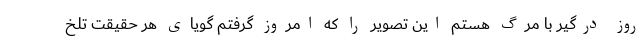
روز درگیر با مرگ هستم این تصویر را که امروز گرفتم گویای هر حقیقت تلخ